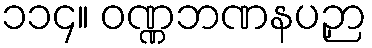
၁၁၄။ ဝဏ္ဏဘဏနပဉှာ